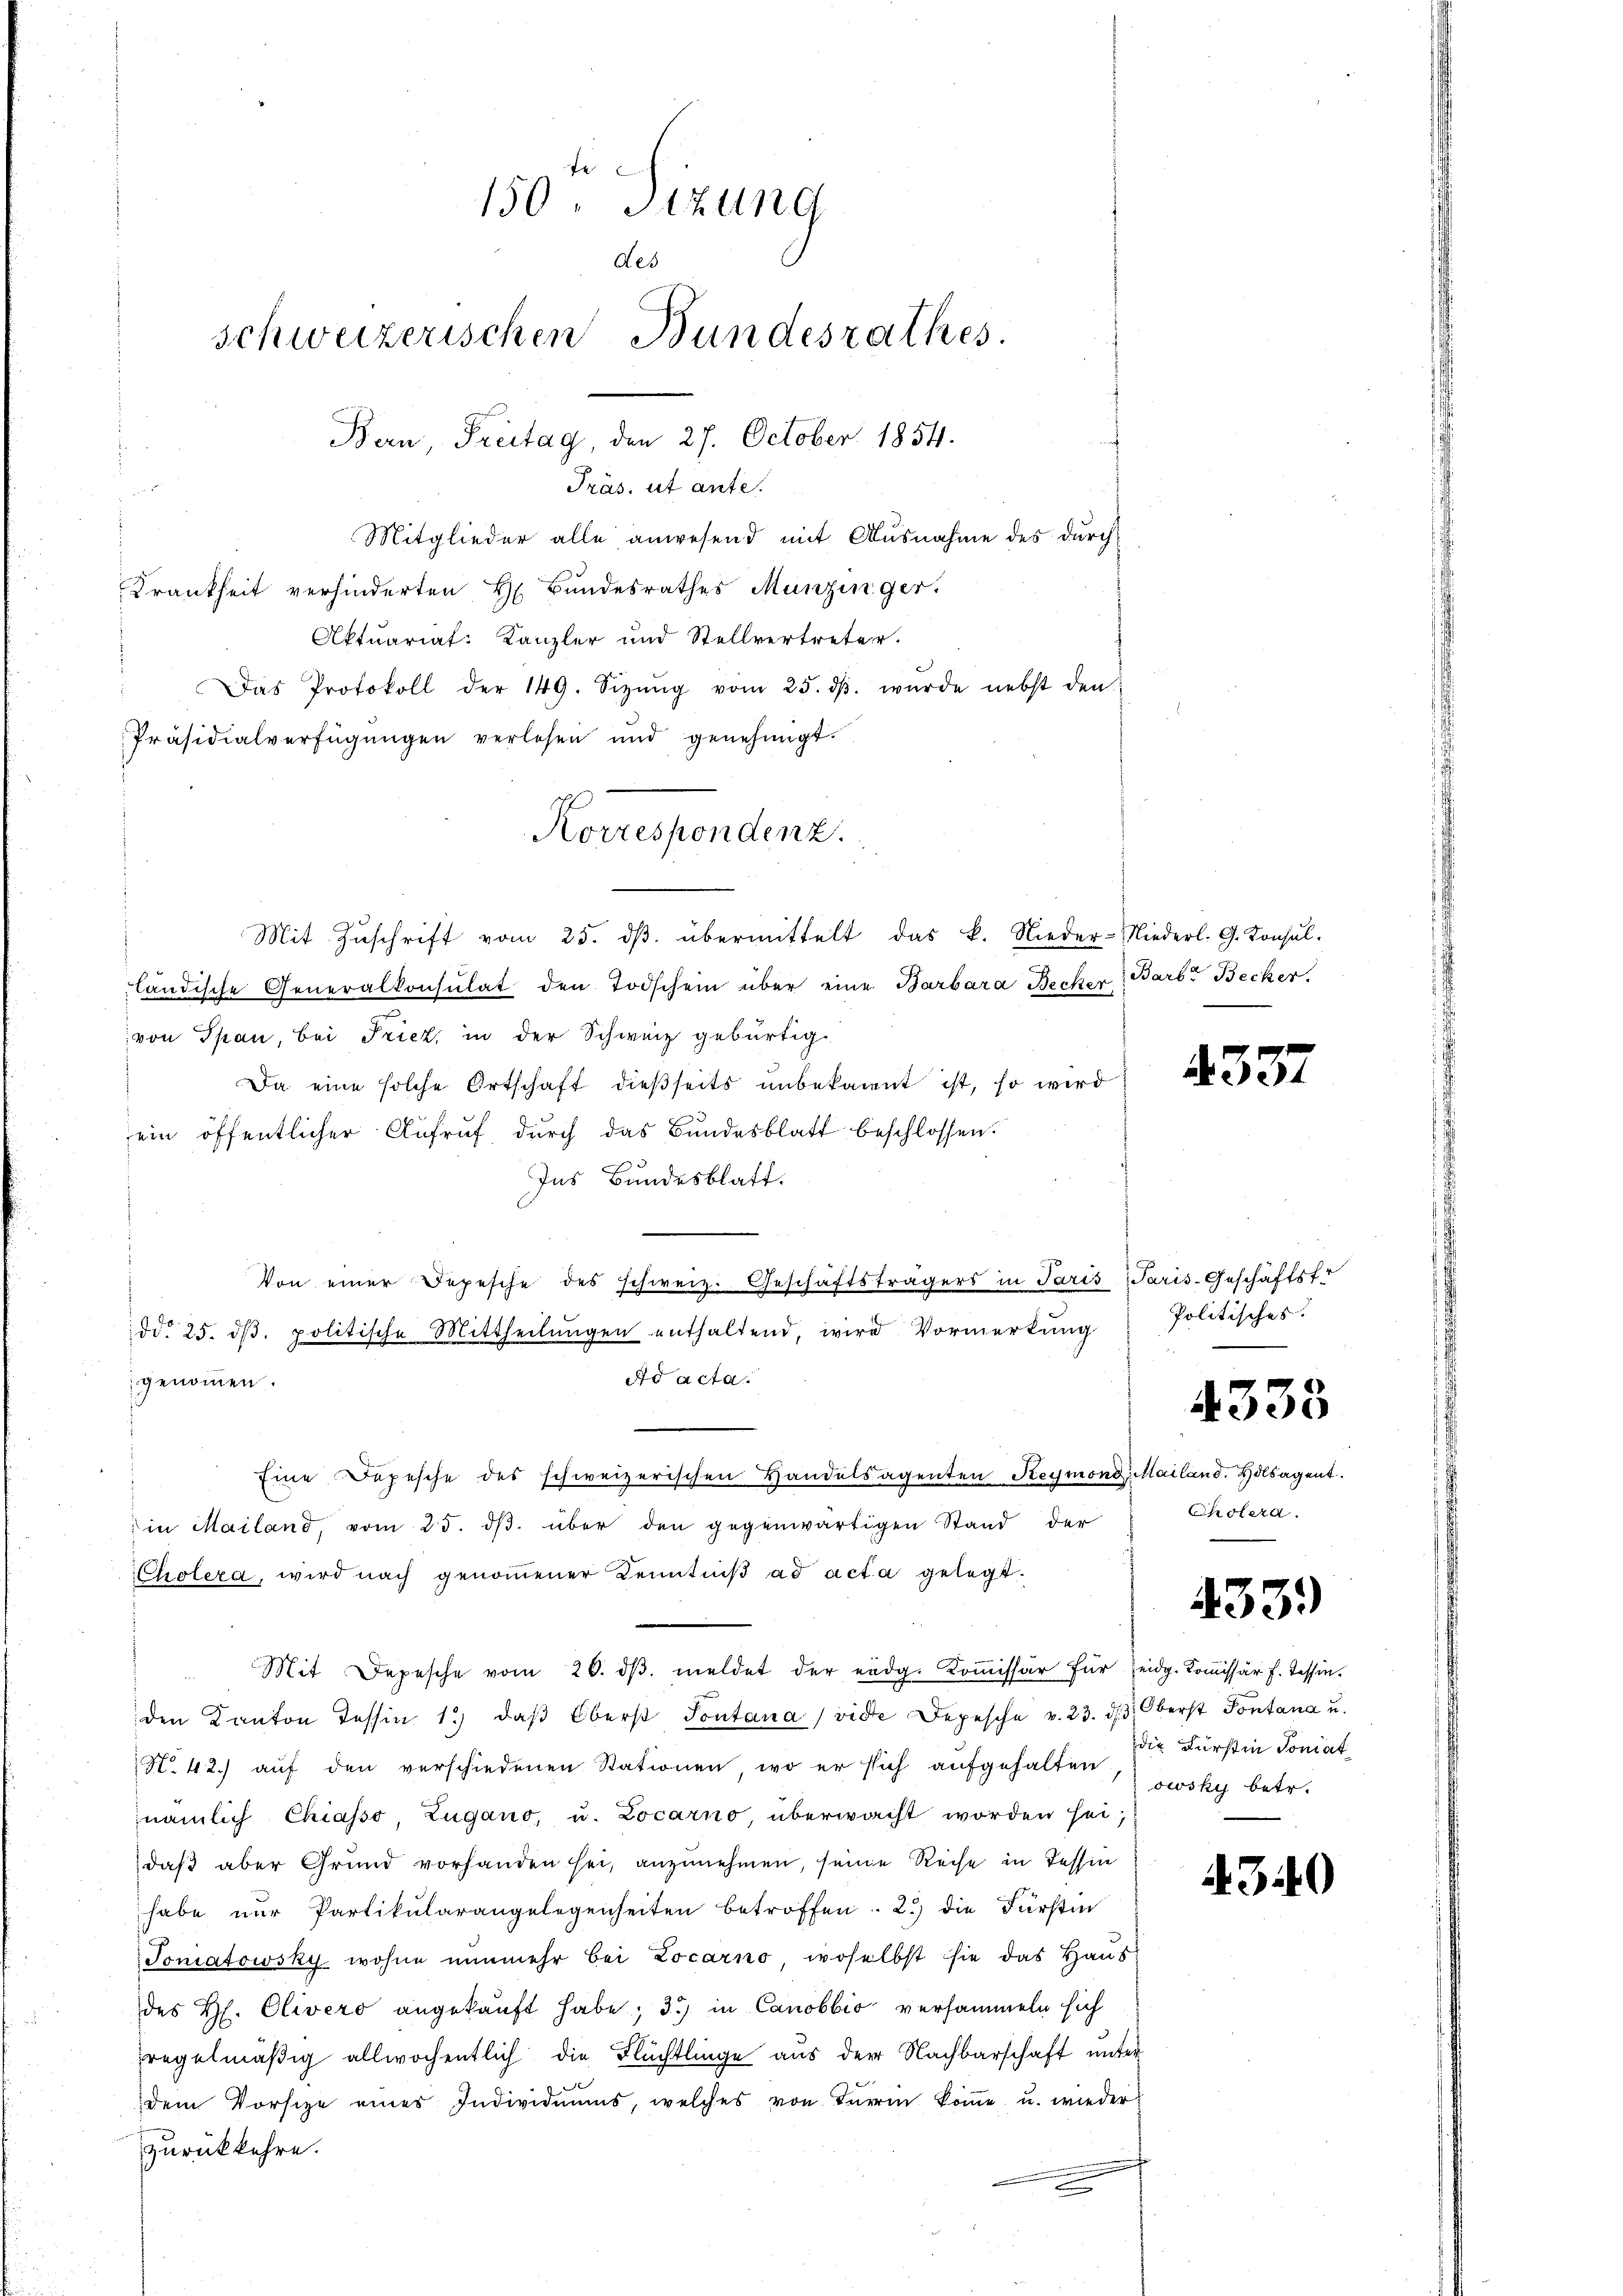
150 Sizung
des
schweizerischen Bundesrathes.
Bern, Freitag, den 27. October 1854.
Präs. ut ante.

Mitglieder alle anwesend mit Ausnahme des durch
Krankheit verhinderten H. Bundesrathes Munzinger.
Aktuariat: Kanzler und Stellvertreter.
Das Protokoll der 149. Sizŭng vom 25. dβ. wurde nebst den
Präsidialverfügungen verlesen und genehmigt.
Mit Zŭschrift vom 25. dβ übermittelt das k. Nieder-Niederl. G. Konsul-
ländische Generalkonsulat den Todschein über eine Barbara Becher Barb. Becker.
von Span, bei Frick, in der Schweiz gebürtig
Da eine solche Ortschaft dießseits unbekannt ist, so wird
ein öffentlicher Aufruf, durch das Bundesblatt beschlossen:
Ins Bundesblatt.
Von einer Depesche des schweiz. Geschäftsträgers in Paris Paris-Geschäftsfr
dd. 25. dβ. politische Mittheilŭngen enthaltend, wird Vormerkung
Ad acta.
genommen.
Eine Depesche des schweizerischen Handelsagenten Heymond. Mailand. Holsagent.
in Mailand, vom 25. dβ. über den gegenwärtigen Stand der
Cholera, wird nach genoṁener Kenntniβ ad acta gelegt.
Mit Depesche vom 26. dβ. meldet der eidg. Koṁissär für seidg. Kommissär f. Tessin.
den Kanton Tessin 1) daβ Oberst Sontana (vide Depesche v. 23. d. Oberst Pontana u.
N.42.) auf den verschiedenen Stationen, wo er sich aufgehalten,owsky betr.
nämlich Chiasso, Zugano, u. Locarno überwacht worden sei-
daβ aber Grund vorhanden sei, anzunehmen, seine Reise in Tessin
habe nur Partikularangelegenheiten betroffen. 2.) die Fürstin
Joniatowsky wohne nunmehr bei Locarno, woselbst sie das Haus
des H. Olivero angekauft habe; 3) in Canobbio versammeln sich
regelmäßig allwöchentlich die Flüchtlinge aus der Nachbarschaft unter
dem Vorsitze eines Individuums, welches von Terrin koṁe u. wieder
zurückkehre.

Korrespondenz.

Politisches.
4333
Cholera.

4337

n

33.)

die Fürstin Soniat

4.3.40